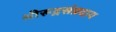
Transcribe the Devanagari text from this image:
श्रीरूद्रसंप्रदाय